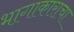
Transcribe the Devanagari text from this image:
भागाकाराचा